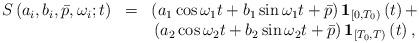
LaTeX: \begin{align*}\begin{array}{ccc}S\left(a_{i},b_{i},\bar{p},\omega_{i};t\right) & = & \left(a_{1}\cos\omega_{1}t+b_{1}\sin\omega_{1}t+\bar{p}\right)\mathbf{1}_{\left[0,T_{0}\right)}\left(t\right)+\\ & & \left(a_{2}\cos\omega_{2}t+b_{2}\sin\omega_{2}t+\bar{p}\right)\mathbf{1}_{\left[T_{0},T\right)}\left(t\right),\end{array}\end{align*}